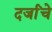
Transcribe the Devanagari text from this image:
दर्जांचे